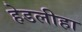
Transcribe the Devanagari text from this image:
हेडलीहा